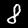
Digit: 8